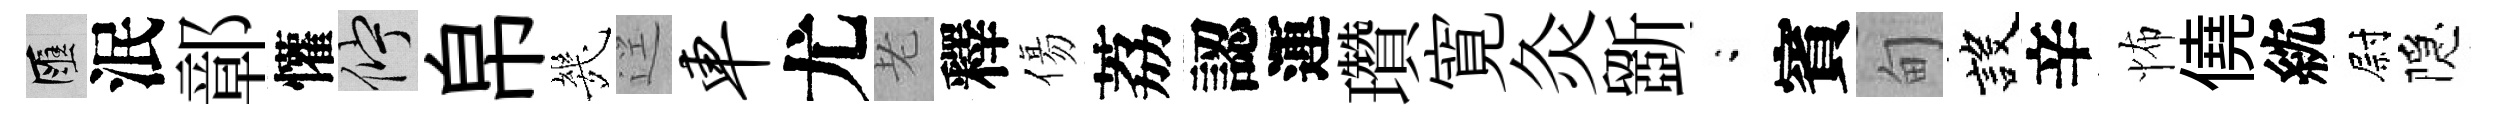
匯泯鄣懽伫帛㡬逕车尤老釋傷荔認運瓚寛灸斵閤賓甸設辛怖僥紞尉隠